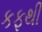
કફથી